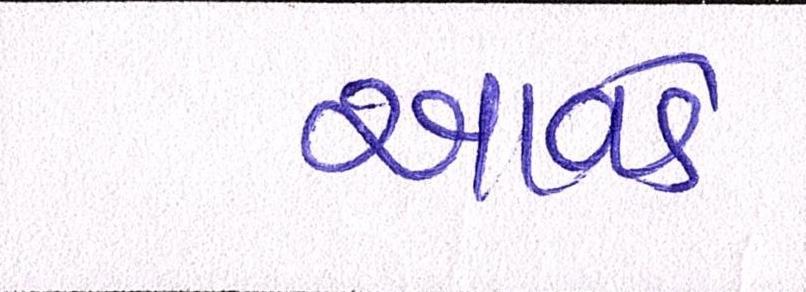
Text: આવડે